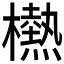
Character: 𱤮